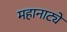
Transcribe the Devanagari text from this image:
महानाट्ये